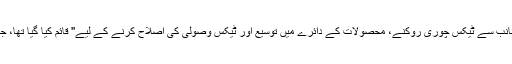
سینیٹر عثمان سیف اللہ ٹیکس اصلاحات کمیشن کے رکن ہیں ''جسے حکومت کی جانب سے ٹیکس چوری روکنے، محصولات کے دائرے میں توسیع اور ٹیکس وصولی کی اصلاح کرنے کے لیے'' قائم کیا گیا تھا، جبکہ ان کا اپنا خاندان 34 آف شور کمپنیوں کا مالک ہے — یہ بات ہضم نہیں ہوتی۔